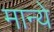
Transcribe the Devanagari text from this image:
मान्ये